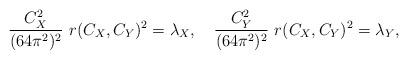
LaTeX: \begin{align*}{{C_X^2} \over {(64 \pi^2)^2}} \ r(C_X,C_Y)^2 = \lambda_X,\quad {{C_Y^2} \over {(64 \pi^2)^2}} \ r(C_X,C_Y)^2 = \lambda_Y,\end{align*}